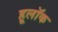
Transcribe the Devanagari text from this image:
हूलॉक